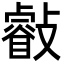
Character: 㪫